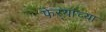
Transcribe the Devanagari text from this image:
फेऱ्यांच्या